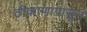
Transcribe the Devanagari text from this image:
ठीकाणापासून